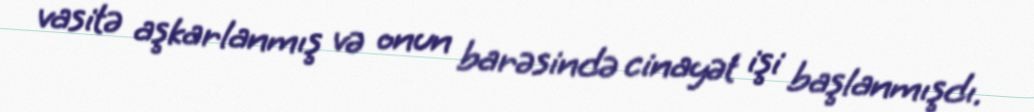
vasitə aşkarlanmış və onun barəsində cinayət işi başlanmışdı.